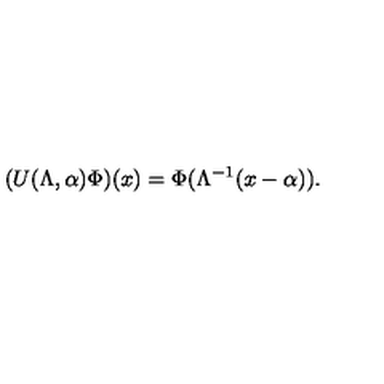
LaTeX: ( U ( \Lambda , \alpha ) \Phi ) ( x ) = \Phi ( \Lambda ^ { - 1 } ( x - \alpha ) ) .